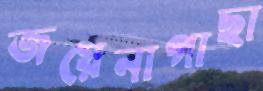
জয়েনাগাছা